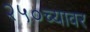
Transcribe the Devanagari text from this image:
२५०च्यावर